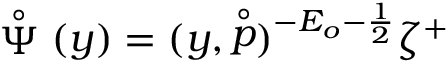
\stackrel { \circ } { \Psi } ( y ) = ( y , \stackrel { \circ } { p } ) ^ { - E _ { o } - \frac 1 2 } \zeta ^ { + }